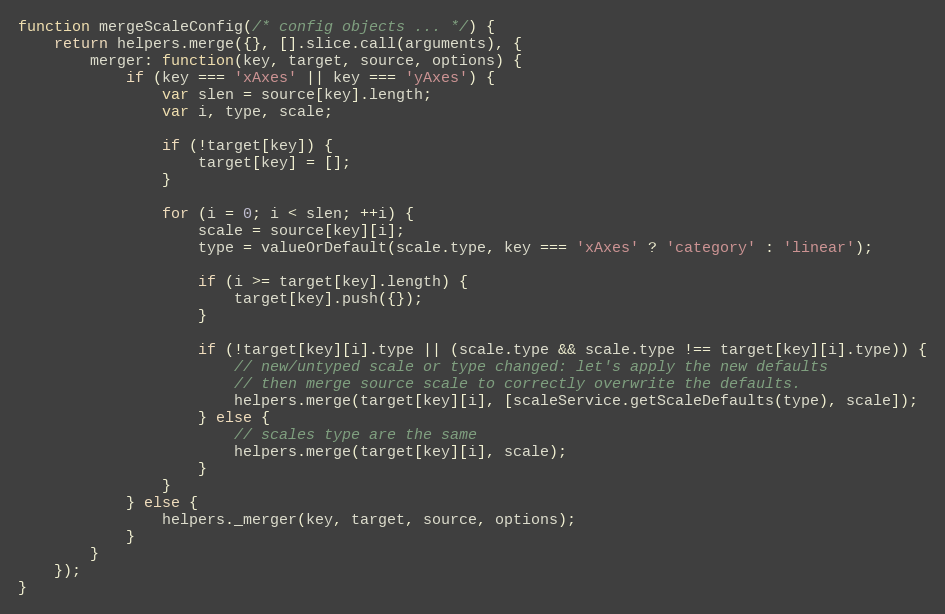
Language: JavaScript
function mergeScaleConfig(/* config objects ... */) {
	return helpers.merge({}, [].slice.call(arguments), {
		merger: function(key, target, source, options) {
			if (key === 'xAxes' || key === 'yAxes') {
				var slen = source[key].length;
				var i, type, scale;

				if (!target[key]) {
					target[key] = [];
				}

				for (i = 0; i < slen; ++i) {
					scale = source[key][i];
					type = valueOrDefault(scale.type, key === 'xAxes' ? 'category' : 'linear');

					if (i >= target[key].length) {
						target[key].push({});
					}

					if (!target[key][i].type || (scale.type && scale.type !== target[key][i].type)) {
						// new/untyped scale or type changed: let's apply the new defaults
						// then merge source scale to correctly overwrite the defaults.
						helpers.merge(target[key][i], [scaleService.getScaleDefaults(type), scale]);
					} else {
						// scales type are the same
						helpers.merge(target[key][i], scale);
					}
				}
			} else {
				helpers._merger(key, target, source, options);
			}
		}
	});
}